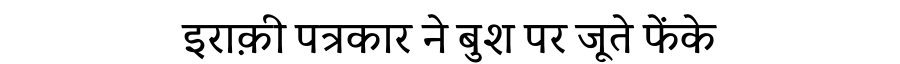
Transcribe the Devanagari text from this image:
इराक़ी पत्रकार ने बुश पर जूते फेंके